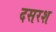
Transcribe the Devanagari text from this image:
दसरश